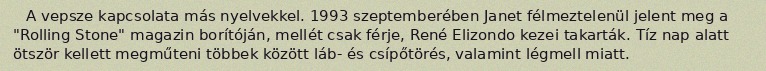
A vepsze kapcsolata más nyelvekkel. 1993 szeptemberében Janet félmeztelenül jelent meg a "Rolling Stone" magazin borítóján, mellét csak férje, René Elizondo kezei takarták. Tíz nap alatt ötször kellett megműteni többek között láb- és csípőtörés, valamint légmell miatt.